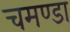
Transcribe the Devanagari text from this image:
चमण्डा